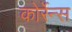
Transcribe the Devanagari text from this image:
कोर्रेन्स